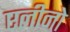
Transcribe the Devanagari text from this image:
एलीनो